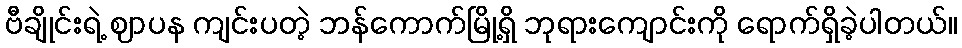
ဗီချိုင်းရဲ့ ဈာပန ကျင်းပတဲ့ ဘန်ကောက်မြို့ရှိ ဘုရားကျောင်းကို ရောက်ရှိခဲ့ပါတယ်။